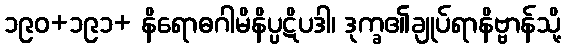
၁၉၀+၁၉၁+ နိရောဓဂါမိနိပ္ပဋိပဒါ၊ ဒုက္ခ၏ချုပ်ရာနိဗ္ဗာန်သို့